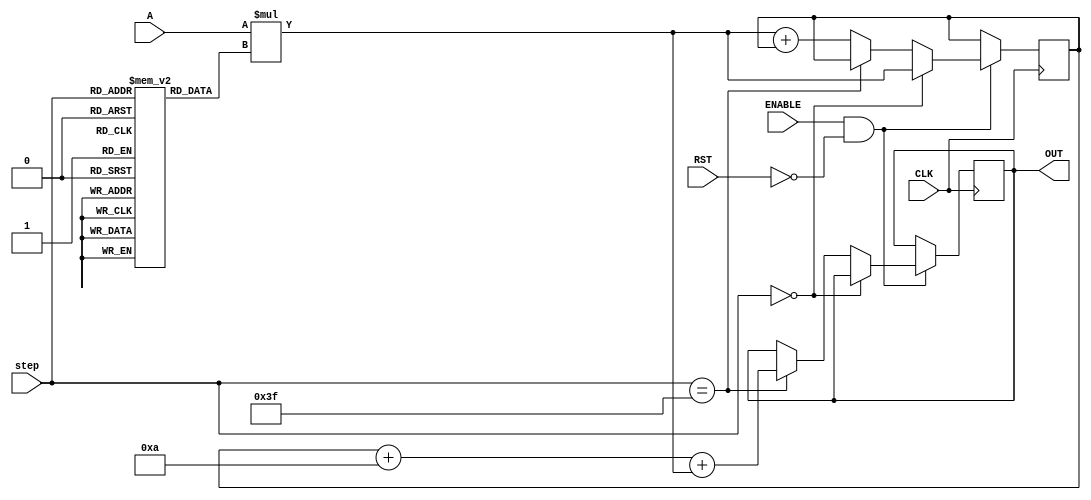
`timescale 1ns / 1ps

module NODE_3(
input signed [35:0] A,
input [5:0] step,
input CLK,
input ENABLE,
input RST,
output reg signed [39:0] OUT //16-bit output
    );
    
reg signed [39:0] accumulator = 40'd0; //store the matrix mult here
reg signed [8:0] weights [63:0]; //store the weights here
reg signed [7:0] bias; //store node bias here

 initial begin
   weights[0]<=9'b000111001;
   weights[1]<=9'b000011010;
   weights[2]<=9'b111111101;
   weights[3]<=9'b000111110;
   weights[4]<=9'b000001011;
   weights[5]<=9'b110000001;
   weights[6]<=9'b000001001;
   weights[7]<=9'b111111000;
   weights[8]<=9'b111010001;
   weights[9]<=9'b111111100;
   weights[10]<=9'b000001101;
   weights[11]<=9'b111101010;
   weights[12]<=9'b000001010;
   weights[13]<=9'b111011000;
   weights[14]<=9'b000011100;
   weights[15]<=9'b000011100;
   weights[16]<=9'b111101110;
   weights[17]<=9'b111100100;
   weights[18]<=9'b111101100;
   weights[19]<=9'b111110101;
   weights[20]<=9'b111101100;
   weights[21]<=9'b110000001;
   weights[22]<=9'b111101100;
   weights[23]<=9'b001101110;
   weights[24]<=9'b111100101;
   weights[25]<=9'b001001010;
   weights[26]<=9'b001000011;
   weights[27]<=9'b111110111;
   weights[28]<=9'b001000011;
   weights[29]<=9'b000001000;
   weights[30]<=9'b000000010;
   weights[31]<=9'b111110111;
   weights[32]<=9'b111101001;
   weights[33]<=9'b000011110;
   weights[34]<=9'b000010101;
   weights[35]<=9'b111001010;
   weights[36]<=9'b000000001;
   weights[37]<=9'b000010000;
   weights[38]<=9'b000001011;
   weights[39]<=9'b000000101;
   weights[40]<=9'b111111001;
   weights[41]<=9'b000001110;
   weights[42]<=9'b111001101;
   weights[43]<=9'b111101011;
   weights[44]<=9'b111011101;
   weights[45]<=9'b111101111;
   weights[46]<=9'b000000001;
   weights[47]<=9'b000100001;
   weights[48]<=9'b000000100;
   weights[49]<=9'b111110100;
   weights[50]<=9'b000100101;
   weights[51]<=9'b000110001;
   weights[52]<=9'b000011001;
   weights[53]<=9'b000001011;
   weights[54]<=9'b111100100;
   weights[55]<=9'b111111001;
   weights[56]<=9'b000011010;
   weights[57]<=9'b111100000;
   weights[58]<=9'b000101111;
   weights[59]<=9'b000000101;
   weights[60]<=9'b000000111;
   weights[61]<=9'b000000000;
   weights[62]<=9'b111111001;
   weights[63]<=9'b111100001;
   bias<=8'b00001010;
 end
 
 always @ ( posedge CLK )
 begin
    if( ENABLE == 1 && RST == 0 )
    begin
        if ( step == 0 )
        begin
            accumulator <=  A * weights[step];
        end
        else if( step == 63 )
        begin
            OUT <= accumulator + bias + A * weights[step];
        end else accumulator <=  A * weights[step] + accumulator;
    end
 end

endmodule